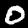
Digit: 0